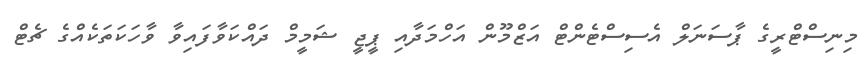
މިނިސްޓްރީގެ ޕާސަނަލް އެސިސްޓެންޓް އަޒްމޫން އަހްމަދާއި ޕީޖީ ޝަމީމް ދައްކަވާފައިވާ ވާހަކަތަކެއްގެ ޗެޓް